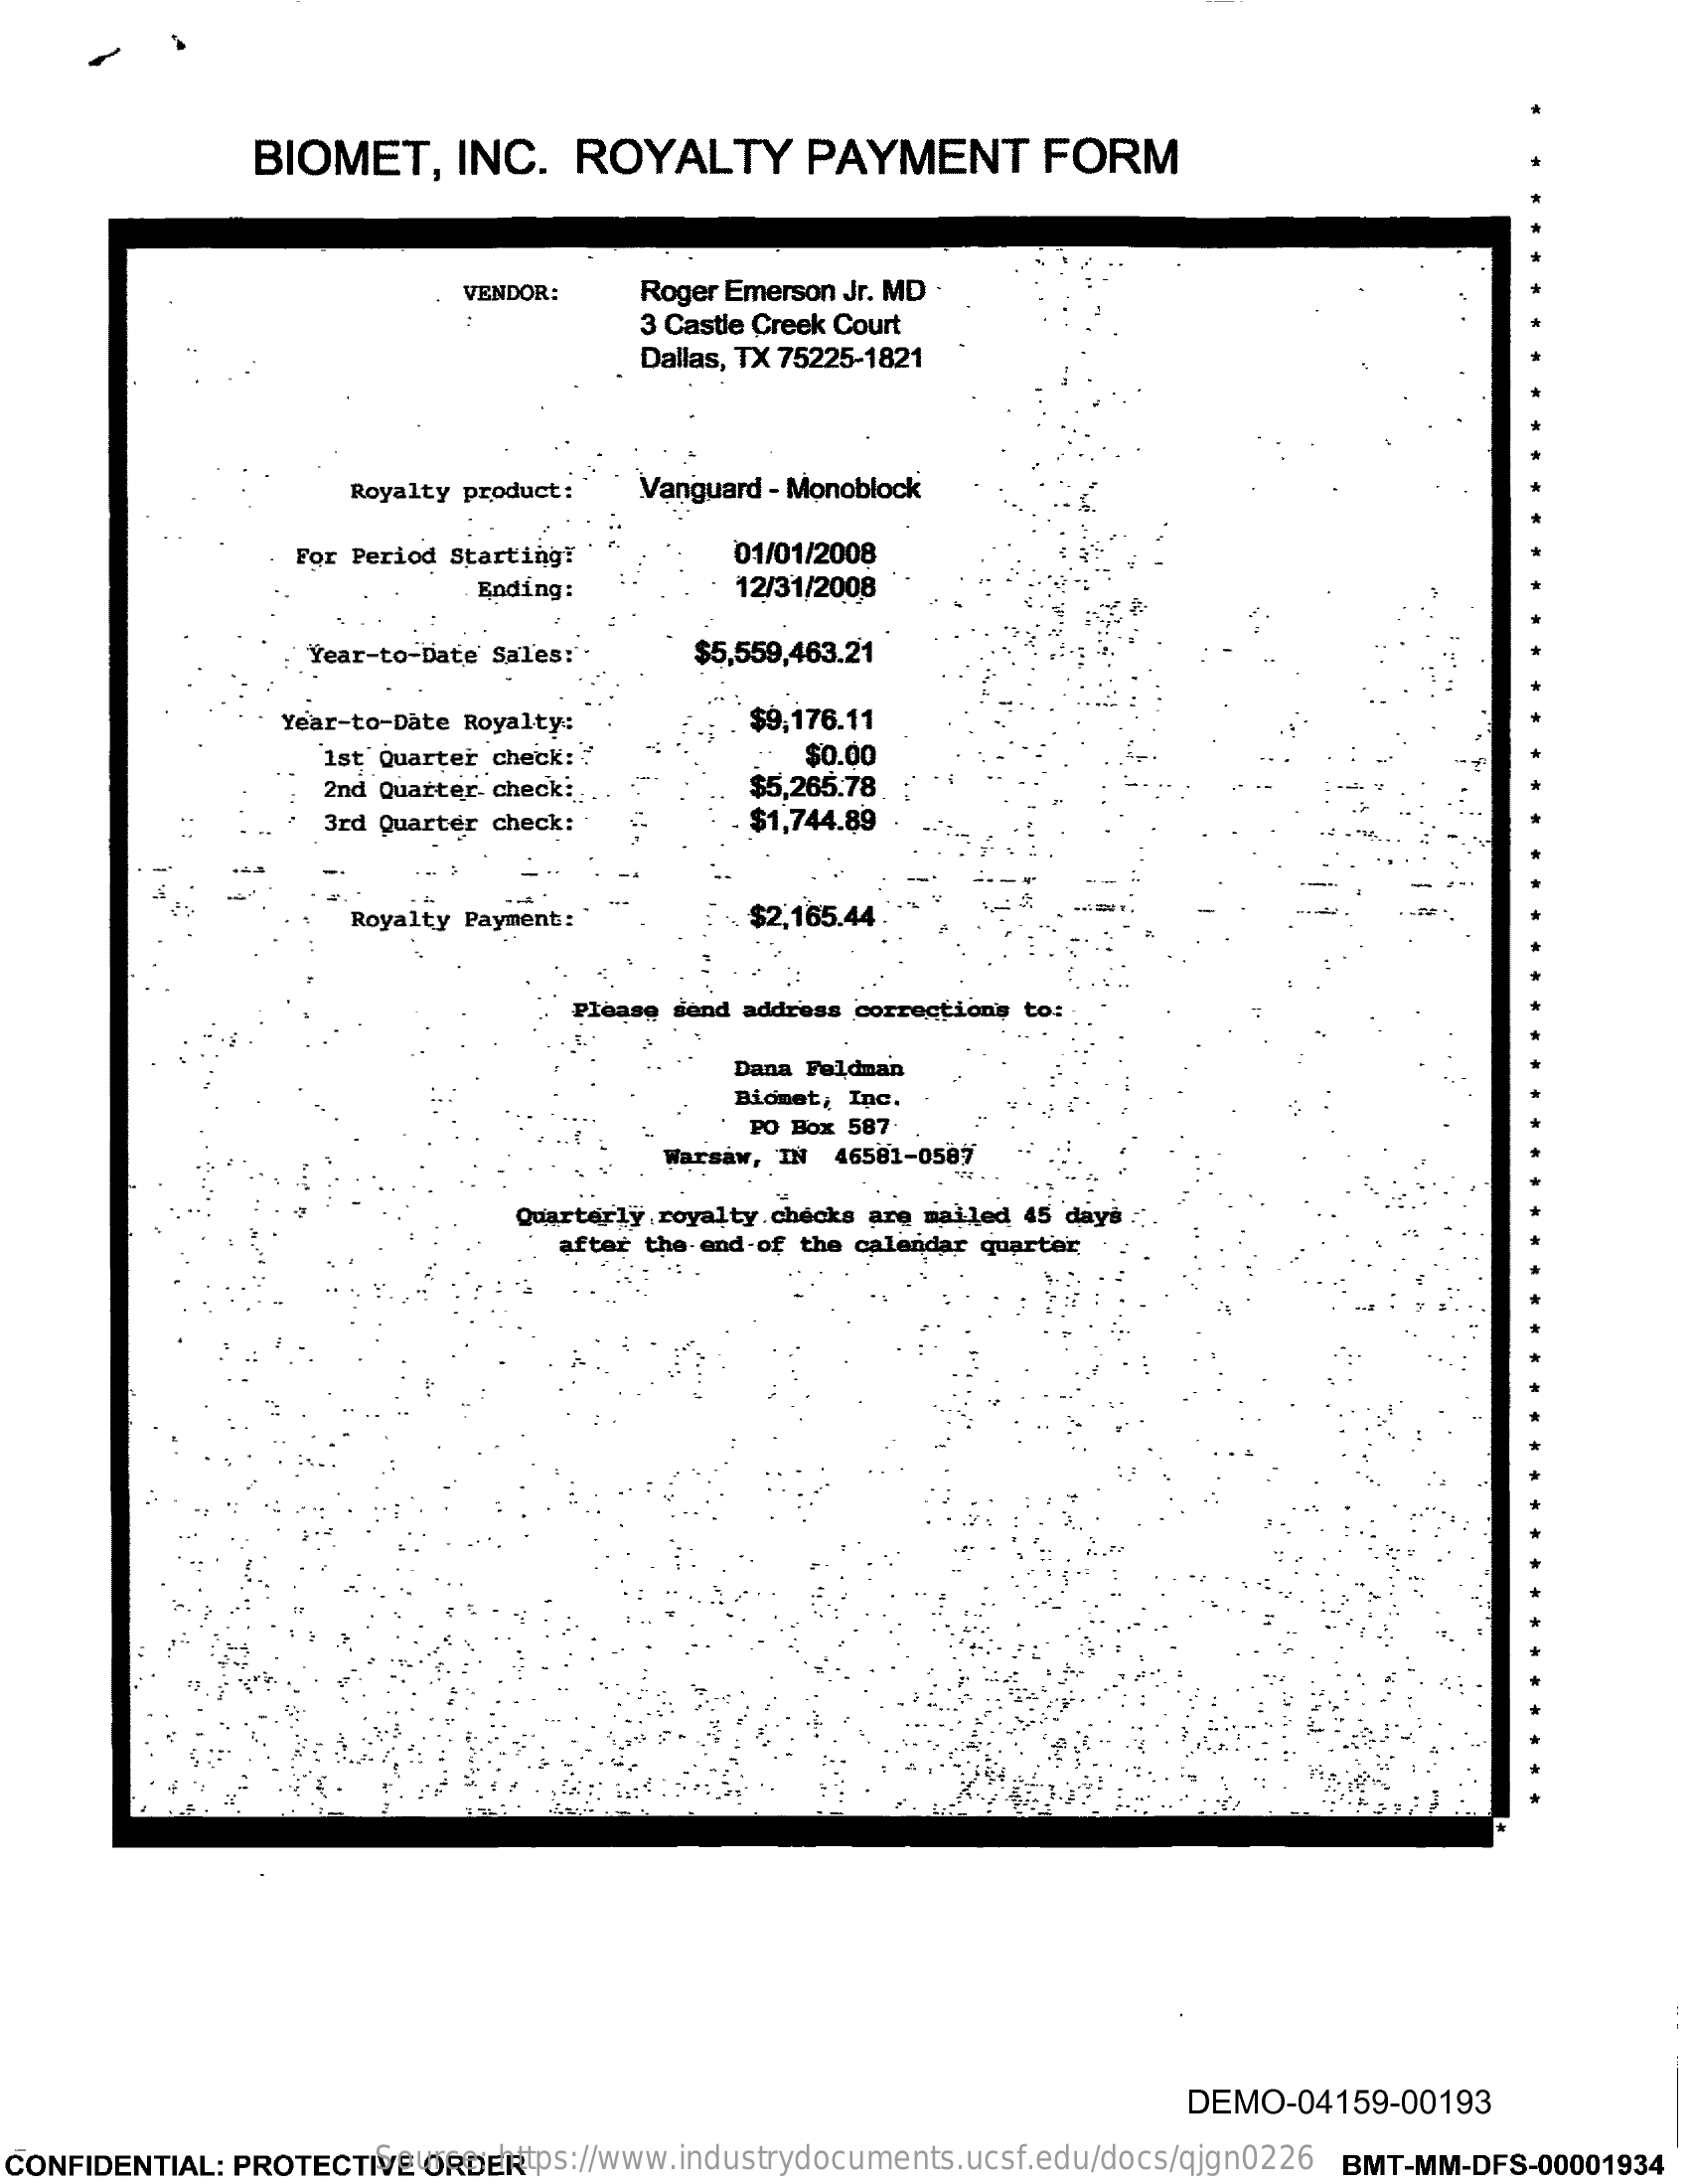
BIOMET,    INC.   ROYALTY    PAYMENT    FORM
     VENDOR:    Roger Emerson Jr. MD
     3 Castle Creek Court
     Dallas, TX 75225-1821
     Royalty product:   Vanguard - Monoblock
     For Period Starting!    01/01/2008
     Ending:    12/31/2008
     Year-to-Date Sales:"    $5,559,463.21
     Year-to-Date Royalty:    $9,176.11
     1st Quarter check:    $0.00
     2nd Quarter- check ::    $5,265.78
     3rd Quarter check:    $1,744.89
     Royalty Payment:    $2,165.44
     Please send address corrections to:
     Dana Feldman
     Biomet, Inc.
     PO Box 587
     Warsaw, IN 46581-0587
     Quarterly royalty checks are mailed 45 days
     after the end-of the calendar quarter
     DEMO-04159-00193
  CONFIDENTIAL: PROTECTIVE ORDER Source: https://www.industrydocuments.ucsf.edu/docs/qjgn0226 BMT-MM-DFS-00001934